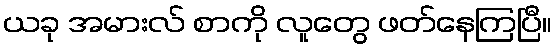
ယခု အမားလ် စာကို လူတွေ ဖတ်နေကြပြီ။